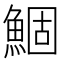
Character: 鯝